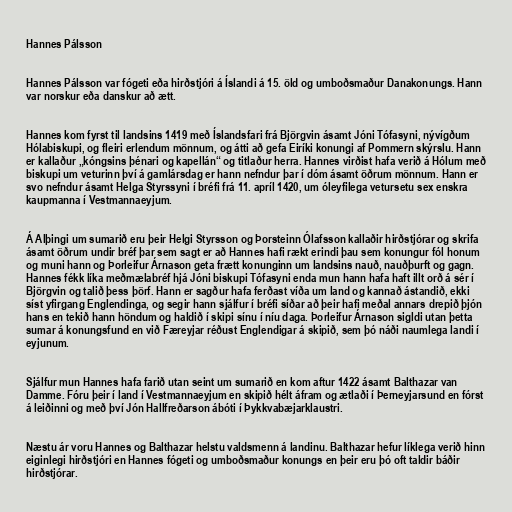
Hannes Pálsson

Hannes Pálsson var fógeti eða hirðstjóri á Íslandi á 15. öld og umboðsmaður Danakonungs. Hann
var norskur eða danskur að ætt.

Hannes kom fyrst til landsins 1419 með Íslandsfari frá Björgvin ásamt Jóni Tófasyni, nývígðum
Hólabiskupi, og fleiri erlendum mönnum, og átti að gefa Eiríki konungi af Pommern skýrslu. Hann
er kallaður „kóngsins þénari og kapellán“ og titlaður herra. Hannes virðist hafa verið á Hólum með
biskupi um veturinn því á gamlársdag er hann nefndur þar í dóm ásamt öðrum mönnum. Hann er
svo nefndur ásamt Helga Styrssyni í bréfi frá 11. apríl 1420, um óleyfilega vetursetu sex enskra
kaupmanna í Vestmannaeyjum.

Á Alþingi um sumarið eru þeir Helgi Styrsson og Þorsteinn Ólafsson kallaðir hirðstjórar og skrifa
ásamt öðrum undir bréf þar sem sagt er að Hannes hafi rækt erindi þau sem konungur fól honum
og muni hann og Þorleifur Árnason geta frætt konunginn um landsins nauð, nauðþurft og gagn.
Hannes fékk líka meðmælabréf hjá Jóni biskupi Tófasyni enda mun hann hafa haft illt orð á sér í
Björgvin og talið þess þörf. Hann er sagður hafa ferðast víða um land og kannað ástandið, ekki
síst yfirgang Englendinga, og segir hann sjálfur í bréfi síðar að þeir hafi meðal annars drepið þjón
hans en tekið hann höndum og haldið í skipi sínu í níu daga. Þorleifur Árnason sigldi utan þetta
sumar á konungsfund en við Færeyjar réðust Englendigar á skipið, sem þó náði naumlega landi í
eyjunum.

Sjálfur mun Hannes hafa farið utan seint um sumarið en kom aftur 1422 ásamt Balthazar van
Damme. Fóru þeir í land í Vestmannaeyjum en skipið hélt áfram og ætlaði í Þerneyjarsund en fórst
á leiðinni og með því Jón Hallfreðarson ábóti í Þykkvabæjarklaustri.

Næstu ár voru Hannes og Balthazar helstu valdsmenn á landinu. Balthazar hefur líklega verið hinn
eiginlegi hirðstjóri en Hannes fógeti og umboðsmaður konungs en þeir eru þó oft taldir báðir
hirðstjórar.